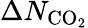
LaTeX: \Delta N_{\textup{CO}_{2}}